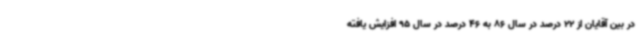
در بین آقایان از 22 درصد در سال 86 به 46 درصد در سال 95 افزایش یافته